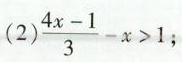
(2)$$\frac{4x-1}{3}-x>1$$;